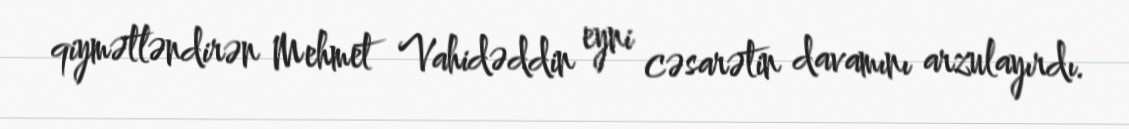
qiymətləndirən Mehmet Vahidəddin eyni cəsarətin davamını arzulayırdı.